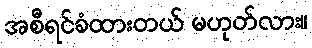
အစီရင်ခံထားတယ် မဟုတ်လား။